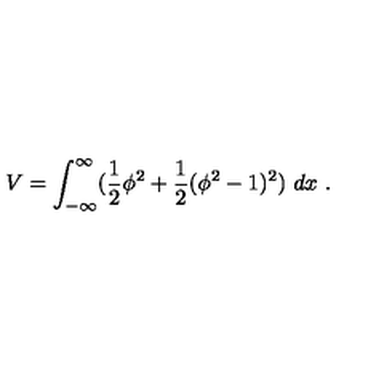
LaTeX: V = \int _ { - \infty } ^ { \infty } ( { \frac { 1 } { 2 } } \phi ^ { 2 } + { \frac { 1 } { 2 } } ( \phi ^ { 2 } - 1 ) ^ { 2 } ) \ d x \ .